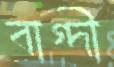
বাগ্দী